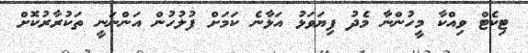
ޓިކެޓް ވިއްކާ މީހުންނާ މެދު ފިޔަވަޅު އަޅާނެ ކަމަށް ފުލުހުން އަންނަނީ ތަކުރާރުކޮށް